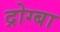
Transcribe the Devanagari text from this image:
द्रोग्बा